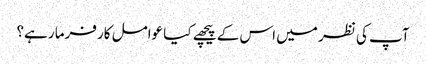
آپ کی نظر میں اس کے پیچھے کیا عوامل کارفرما رہے؟